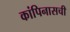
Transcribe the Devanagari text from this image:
कांपिनासची